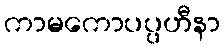
ကာမကောပပ္ပဟီနာ